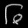
Digit: ၆